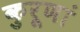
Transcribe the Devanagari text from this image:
कुरूणां